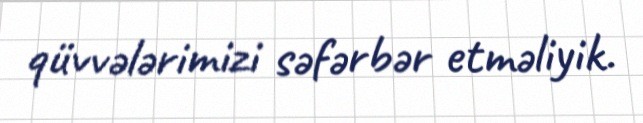
qüvvələrimizi səfərbər etməliyik.